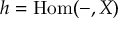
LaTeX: h = \operatorname { H o m } ( - , X )